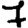
Digit: 7